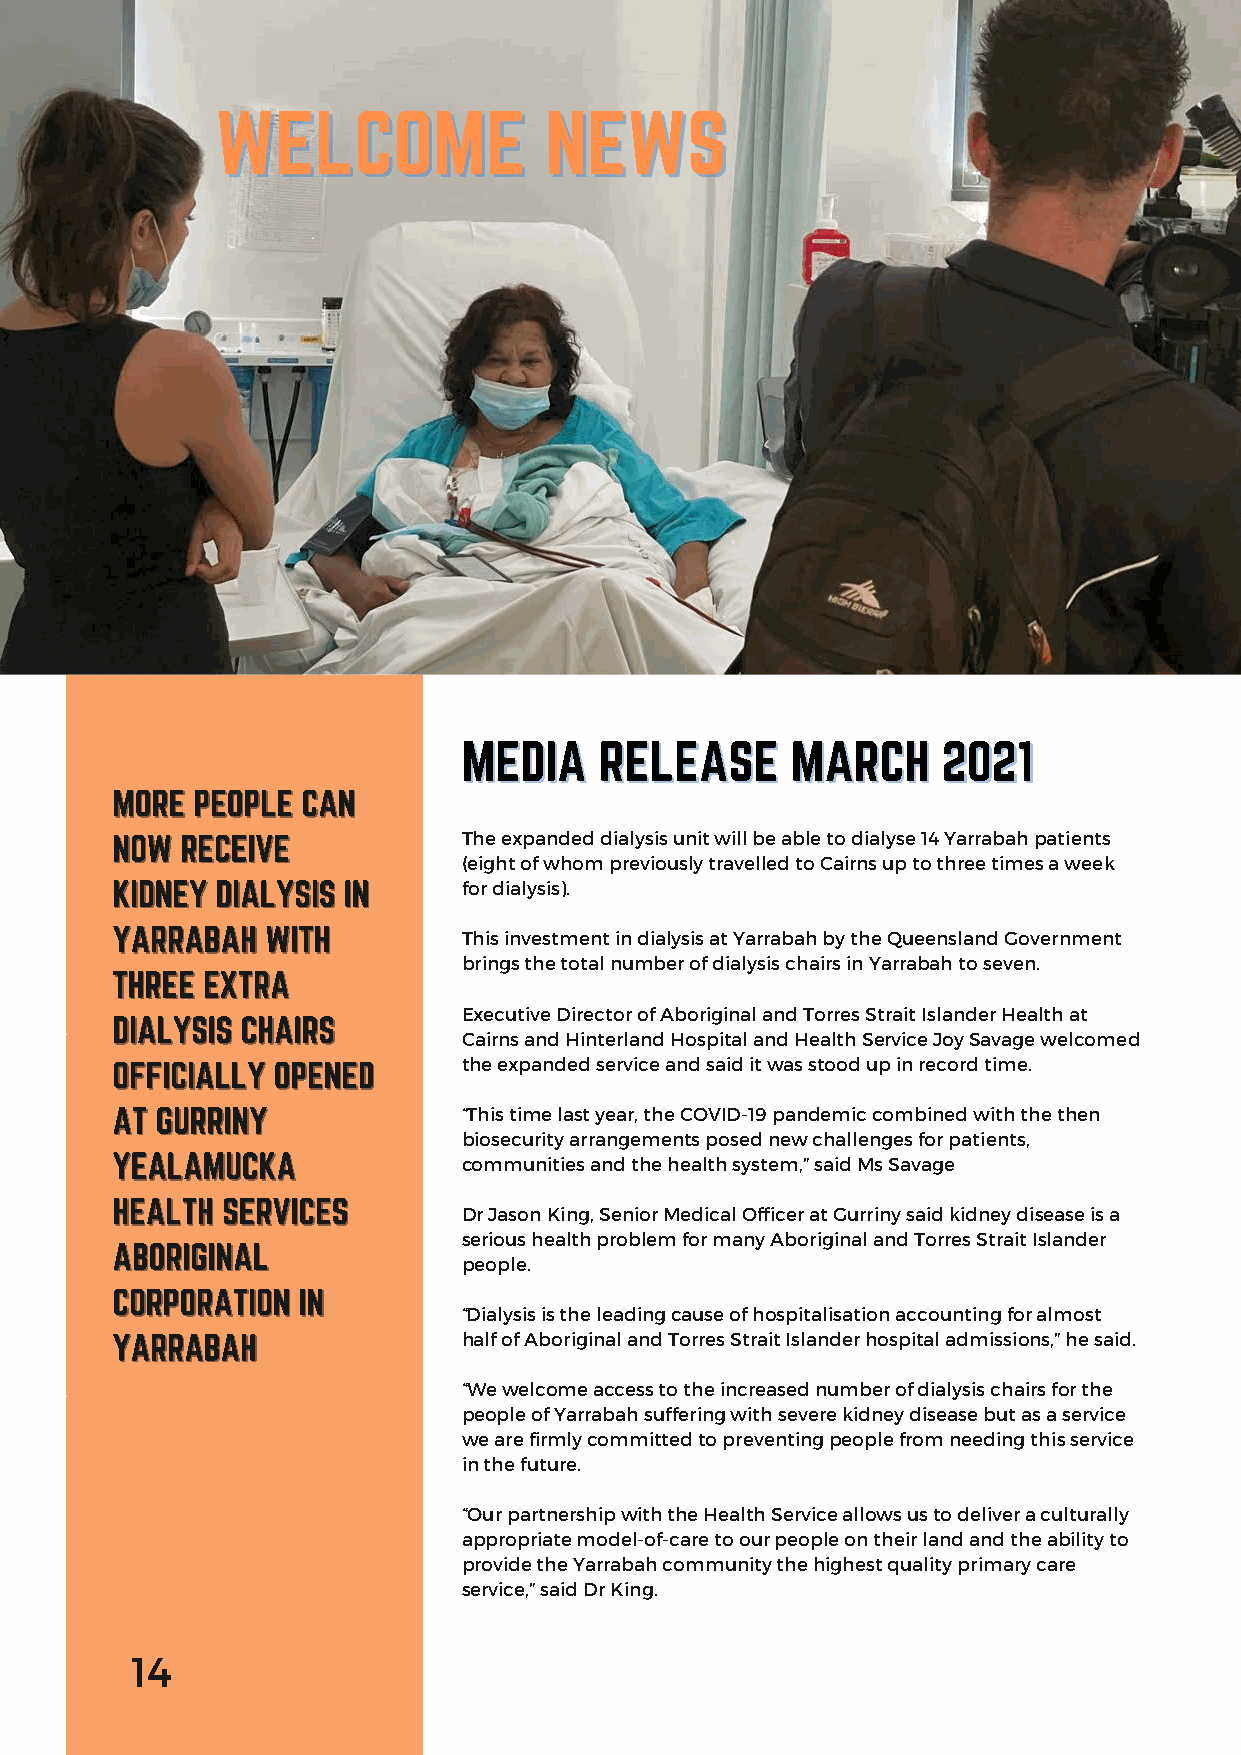
The expanded dialysis unit will be able to dialyse 14 Yarrabah patients
 (eight of whom previously travelled to Cairns up to three times a week
 for dialysis).
 This investment in dialysis at Yarrabah by the Queensland Government
 brings the total number of dialysis chairs in Yarrabah to seven.
 Executive Director of Aboriginal and Torres Strait Islander Health at
 Cairns and Hinterland Hospital and Health Service Joy Savage welcomed
 the expanded service and said it was stood up in record time.
 “This time last year, the COVID-19 pandemic combined with the then
 biosecurity arrangements posed new challenges for patients,
 communities and the health system,” said Ms Savage
 Dr Jason King, Senior Medical Officer at Gurriny said kidney disease is a
 serious health problem for many Aboriginal and Torres Strait Islander
 people.
 “Dialysis is the leading cause of hospitalisation accounting for almost
 half of Aboriginal and Torres Strait Islander hospital admissions,” he said.
 “We welcome access to the increased number of dialysis chairs for the
 people of Yarrabah suffering with severe kidney disease but as a service
 we are firmly committed to preventing people from needing this service
 in the future.
 “Our partnership with the Health Service allows us to deliver a culturally
 appropriate model-of-care to our people on their land and the ability to
 provide the Yarrabah community the highest quality primary care
 service,” said Dr King.
 14